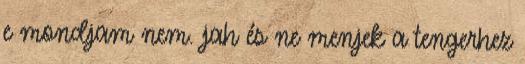
e mondjam nem. jah és ne menjek a tengerhez